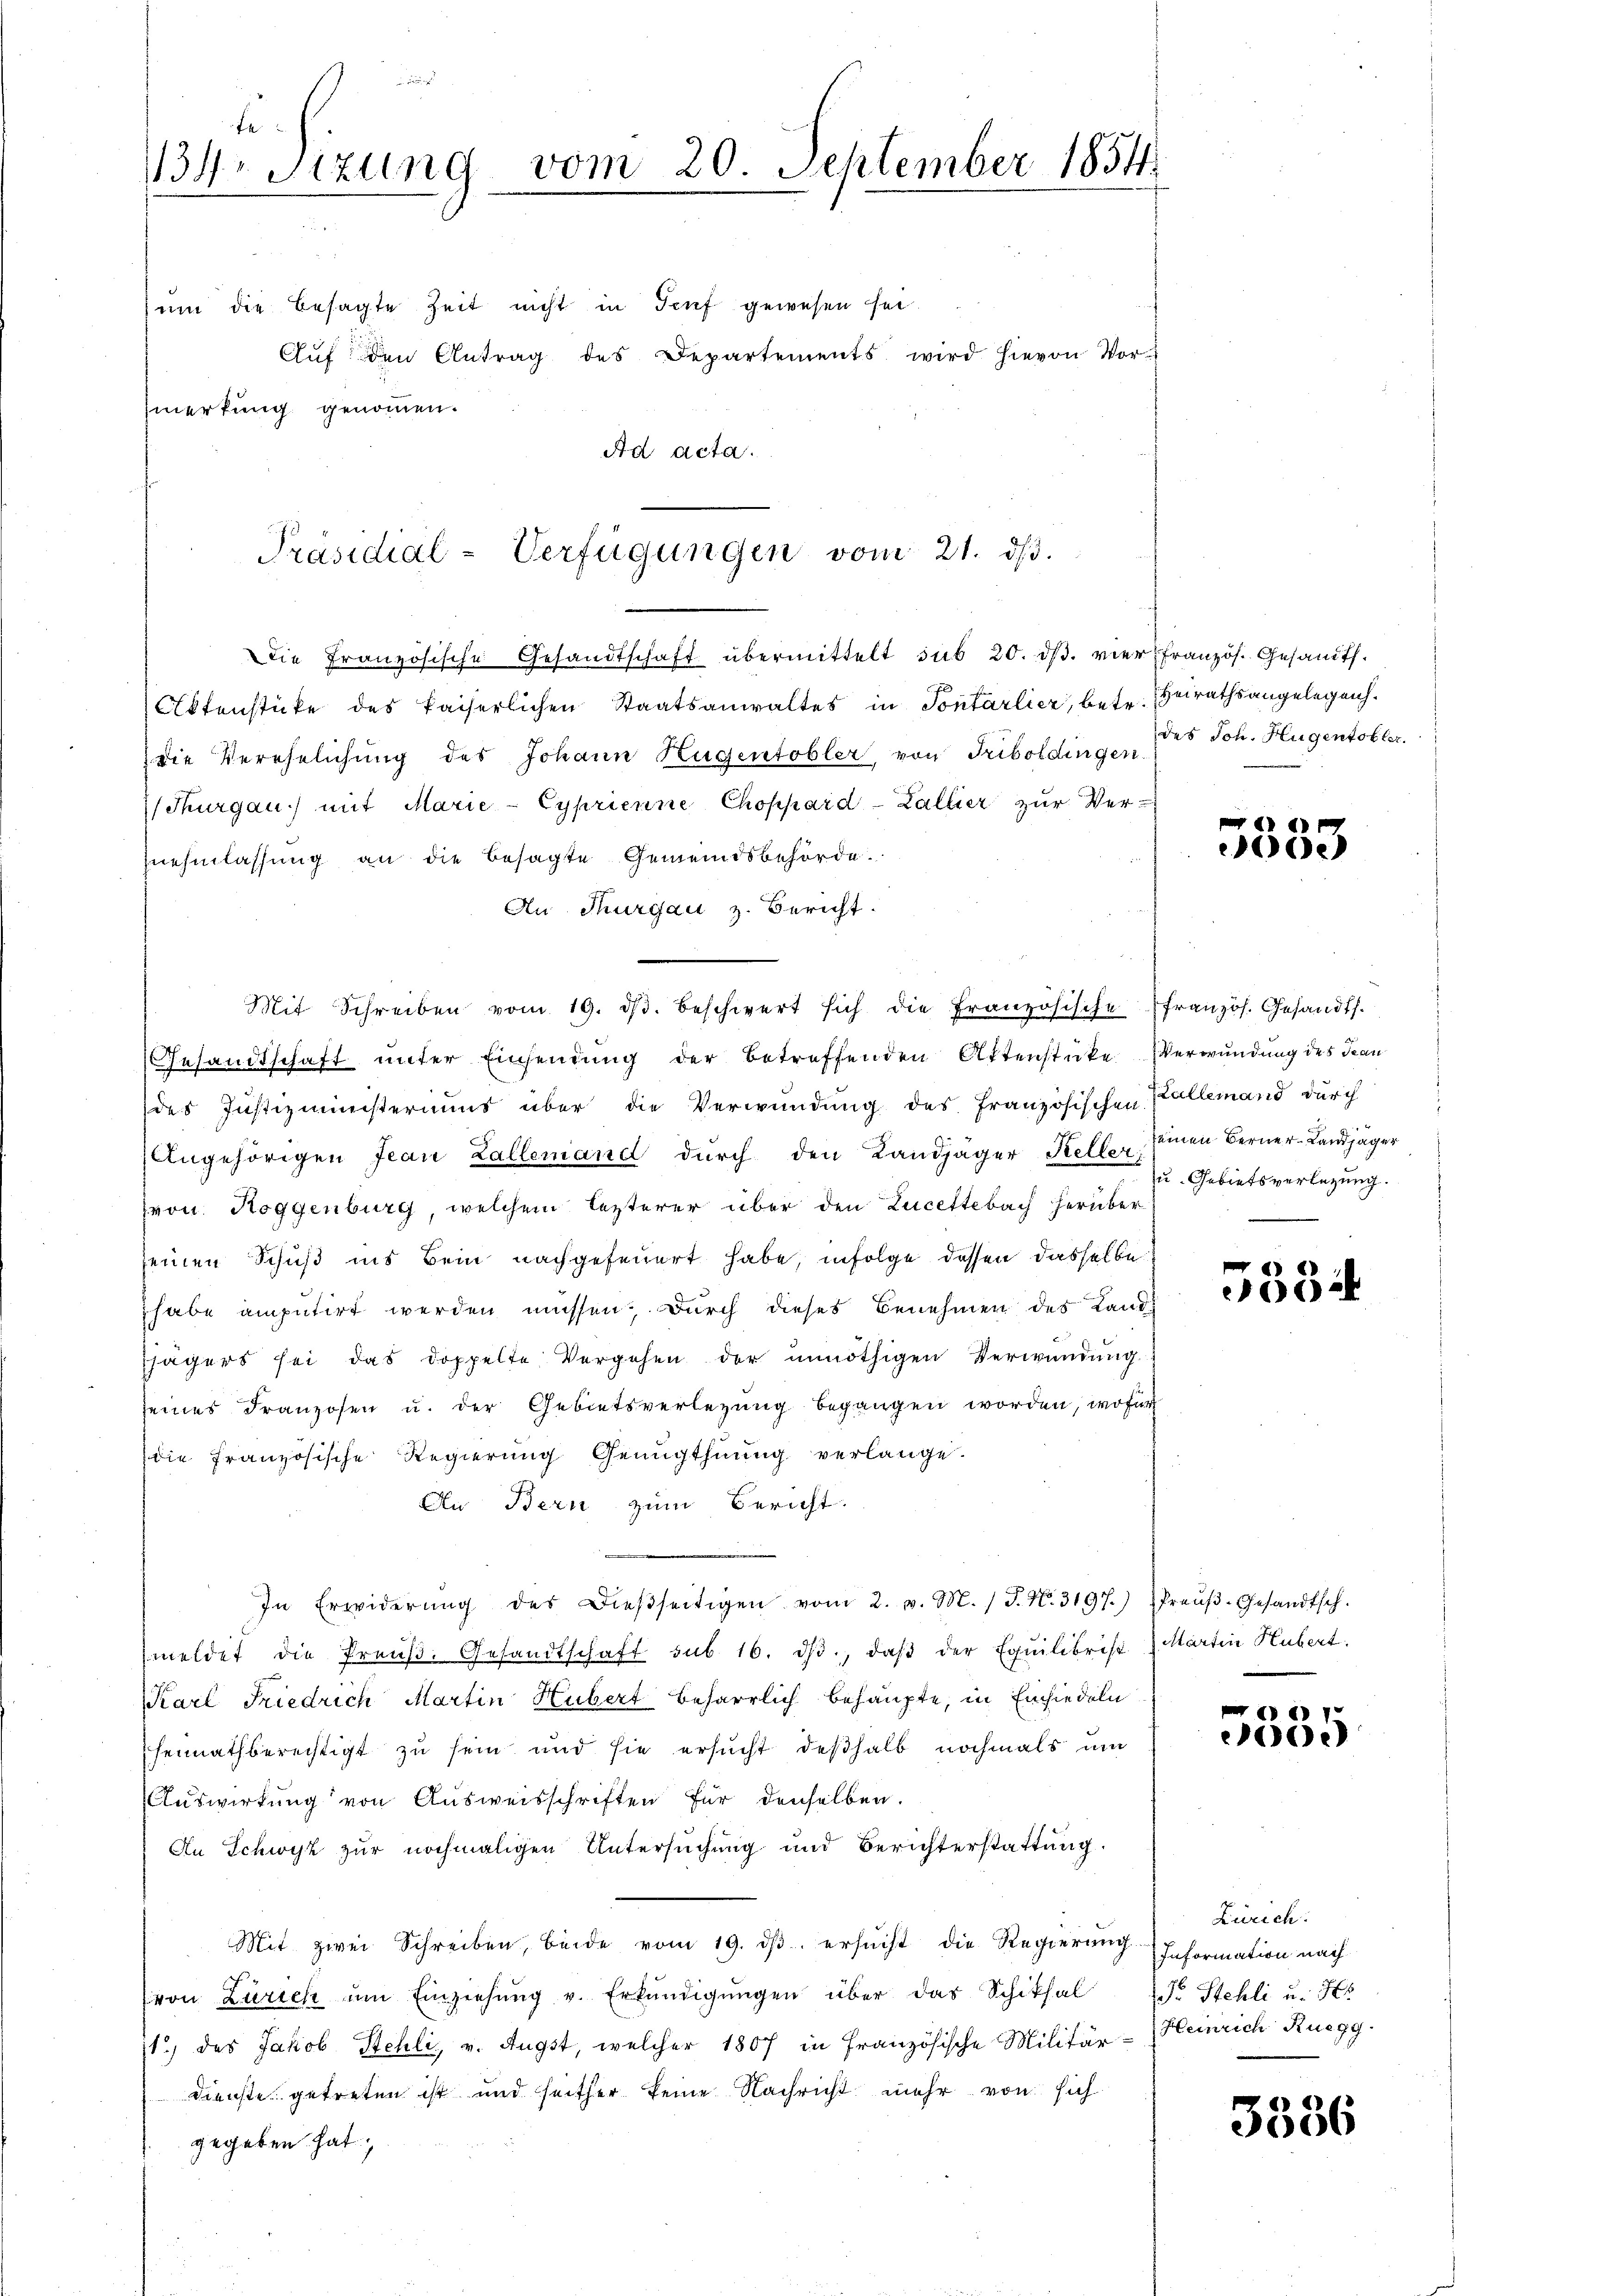
E
134. Sizung vom 20. September 1854
um die besagte Zeit nicht in Teuf gewesen sei.
Aŭf den Antrag des Departements wird hievon Vor-
merkung genommen.

Ad acta.

Präsidial-Verfügungen vom 21. ds.

Die Französische Gesandtschaft übermittelt sub 20. dβ. vier französ. Gesandt.
Aktenstücke des kaiserlichen Staatsanwaltes in Pontarlier, betr. Heirathsangelegen.
die Verehelichung des Johann Hugentobler, von Triboldingen.
(Thurgau) mit Marie-Cyprienne Choppard-Zallier zŭr Ver-
nehmlassung an die besagte Gemeindsbehörde.
Au Thurgau z. Bericht.
Mit Schreiben vom 19. dβ. beschwert sich die Französische französ. Gesandts.
Gesandtschaft unter Einsendung der betreffenden Aktenstücke Verwundung des Jean
des Justizministeriums über die Verwundung des Französischen Kallemand durch
Angehörigen Jean Zallemand dŭrch den Landjäger Keller Einen Berner-Landjäger
von. Hoggenburg, welchem lezterer über den Lucettebach herüber
seinen Schuß ins Bein nachgefeuert habe, infolge dessen dasselbe
habe amputirt werden müssen, durch dieses Benehmen des Landsjägers sei das doppelte Vergehen der unnöthigen Verwendung
seines Franzosen u. der Gebietsverlegung begangen worden, wofür
die französische Regierung Genugthuung verlange.
An Bern zum Bericht.
e
In Erwiderŭng des Dieβseitigen vom 2. v. M. (T. N. 3197.) Preŭβ-Gesandtsch.
meldet die Preŭβ- Gesandtschaft sub 16. ds., daβ der Equilibrist Martin Hubert.
Karl Friedrich Martin Hubert beharrlich behaupte, in Einsiedeln
hennathberechtigt zu sein und sie ersucht deßhalb nochmals um
Auswirkung von Ausweisschriften für denselben.
An Schwyz zur nochmaligen Untersuchung und Berichterstattung.
Mit zwei Schreiben, beide vom 19. dβ ersŭcht die Regierung Information nach
von Zürich um Einziehŭng v. Erkŭndigŭngen über das Schiksal dr Stehli u. Ho
1) des Jakob Stehli, v. Augst, welcher 1807 in Französische Militär-Heinrich Ruegg
dienste getreten ist und seither keine Nachricht mehr von sich
gegeben hat.

des Joh. Hugentobler.

e

u. Gebietsverlegung.

5534

7
0)

Zürich:

3586